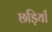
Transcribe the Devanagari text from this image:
छड़ियाँ